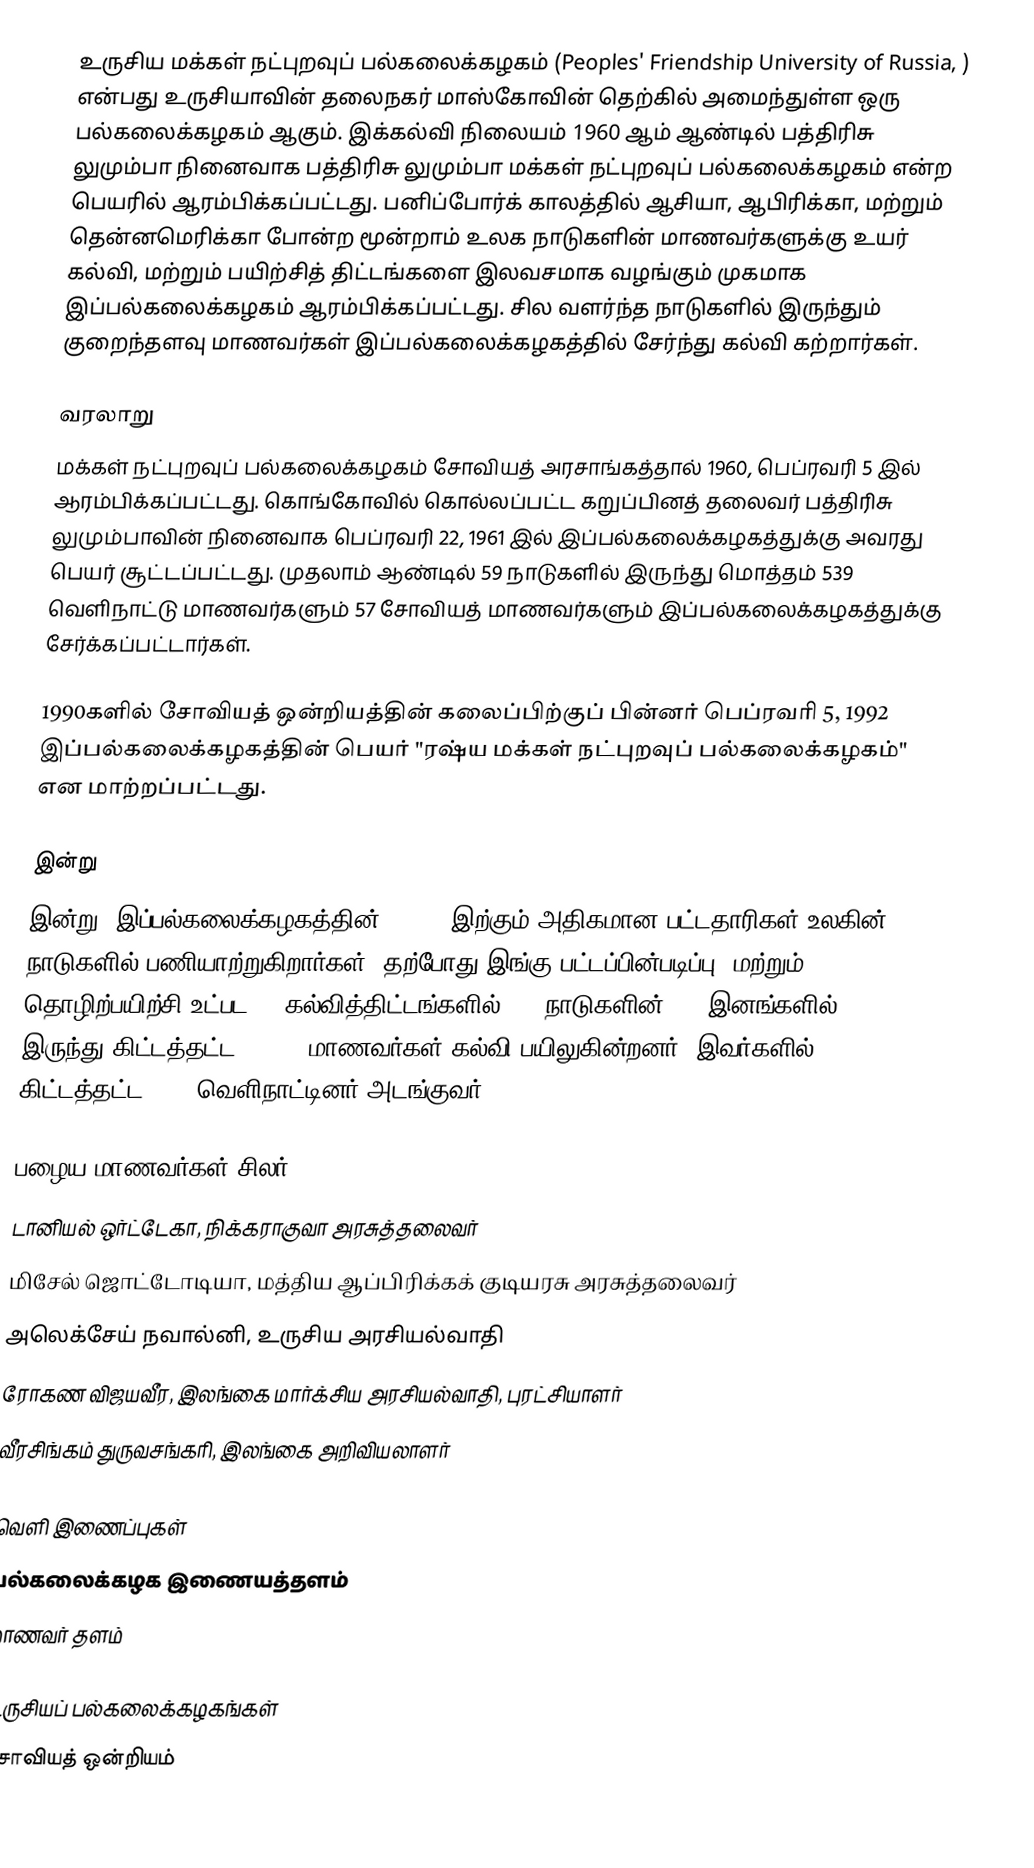
உருசிய மக்கள் நட்புறவுப் பல்கலைக்கழகம் (Peoples' Friendship University of Russia, ) என்பது உருசியாவின் தலைநகர் மாஸ்கோவின் தெற்கில் அமைந்துள்ள ஒரு பல்கலைக்கழகம் ஆகும். இக்கல்வி நிலையம் 1960 ஆம் ஆண்டில் பத்திரிசு லுமும்பா நினைவாக பத்திரிசு லுமும்பா மக்கள் நட்புறவுப் பல்கலைக்கழகம் என்ற பெயரில் ஆரம்பிக்கப்பட்டது. பனிப்போர்க் காலத்தில் ஆசியா, ஆபிரிக்கா, மற்றும் தென்னமெரிக்கா போன்ற மூன்றாம் உலக நாடுகளின் மாணவர்களுக்கு உயர் கல்வி, மற்றும் பயிற்சித் திட்டங்களை இலவசமாக வழங்கும் முகமாக இப்பல்கலைக்கழகம் ஆரம்பிக்கப்பட்டது. சில வளர்ந்த நாடுகளில் இருந்தும் குறைந்தளவு மாணவர்கள் இப்பல்கலைக்கழகத்தில் சேர்ந்து கல்வி கற்றார்கள்.

வரலாறு
மக்கள் நட்புறவுப் பல்கலைக்கழகம் சோவியத் அரசாங்கத்தால் 1960, பெப்ரவரி 5 இல் ஆரம்பிக்கப்பட்டது. கொங்கோவில் கொல்லப்பட்ட கறுப்பினத் தலைவர் பத்திரிசு லுமும்பாவின் நினைவாக பெப்ரவரி 22, 1961 இல் இப்பல்கலைக்கழகத்துக்கு அவரது பெயர் சூட்டப்பட்டது. முதலாம் ஆண்டில் 59 நாடுகளில் இருந்து மொத்தம் 539 வெளிநாட்டு மாணவர்களும் 57 சோவியத் மாணவர்களும் இப்பல்கலைக்கழகத்துக்கு சேர்க்கப்பட்டார்கள்.

1990களில் சோவியத் ஒன்றியத்தின் கலைப்பிற்குப் பின்னர் பெப்ரவரி 5, 1992 இப்பல்கலைக்கழகத்தின் பெயர் "ரஷ்ய மக்கள் நட்புறவுப் பல்கலைக்கழகம்" என மாற்றப்பட்டது.

இன்று
இன்று, இப்பல்கலைக்கழகத்தின் 47,000 இற்கும் அதிகமான பட்டதாரிகள் உலகின் 165 நாடுகளில் பணியாற்றுகிறார்கள். தற்போது இங்கு பட்டப்பின்படிப்பு, மற்றும் தொழிற்பயிற்சி உட்பட 57 கல்வித்திட்டங்களில் 131 நாடுகளின் 450 இனங்களில் இருந்து கிட்டத்தட்ட 23,000 மாணவர்கள் கல்வி பயிலுகின்றனர். இவர்களில் கிட்டத்தட்ட 3500 வெளிநாட்டினர் அடங்குவர்.

பழைய மாணவர்கள் சிலர்
 டானியல் ஒர்ட்டேகா, நிக்கராகுவா அரசுத்தலைவர்
 மிசேல் ஜொட்டோடியா, மத்திய ஆப்பிரிக்கக் குடியரசு அரசுத்தலைவர்
 அலெக்சேய் நவால்னி, உருசிய அரசியல்வாதி
 ரோகண விஜயவீர, இலங்கை மார்க்சிய அரசியல்வாதி, புரட்சியாளர்
 வீரசிங்கம் துருவசங்கரி, இலங்கை அறிவியலாளர்

வெளி இணைப்புகள்
 பல்கலைக்கழக இணையத்தளம்
 மாணவர் தளம்

உருசியப் பல்கலைக்கழகங்கள்
சோவியத் ஒன்றியம்